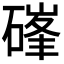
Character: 𮀷